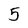
Character: 5